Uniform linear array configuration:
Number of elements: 16
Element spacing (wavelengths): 1
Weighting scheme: cosine
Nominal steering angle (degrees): -15
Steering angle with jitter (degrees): -14.801
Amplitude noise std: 0.05
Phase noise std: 0.05

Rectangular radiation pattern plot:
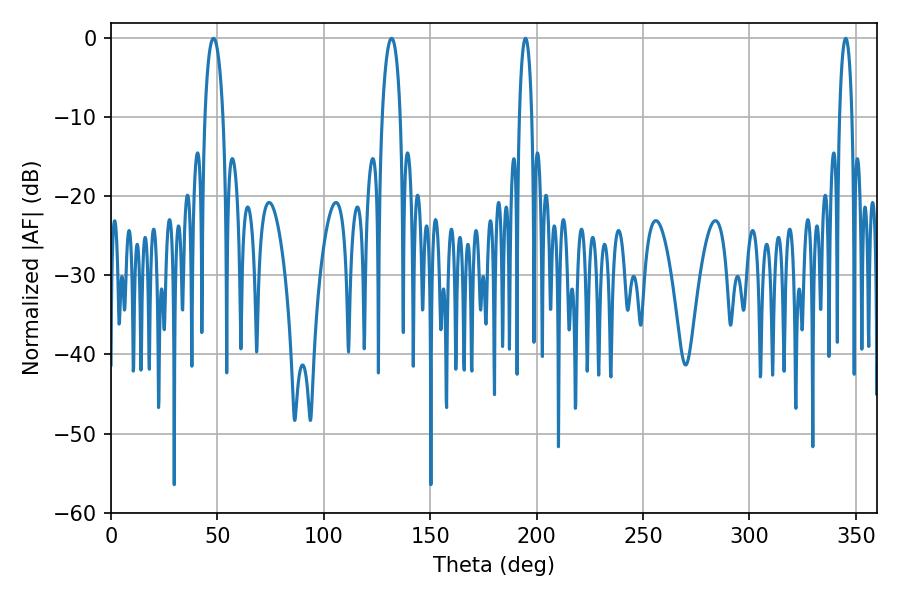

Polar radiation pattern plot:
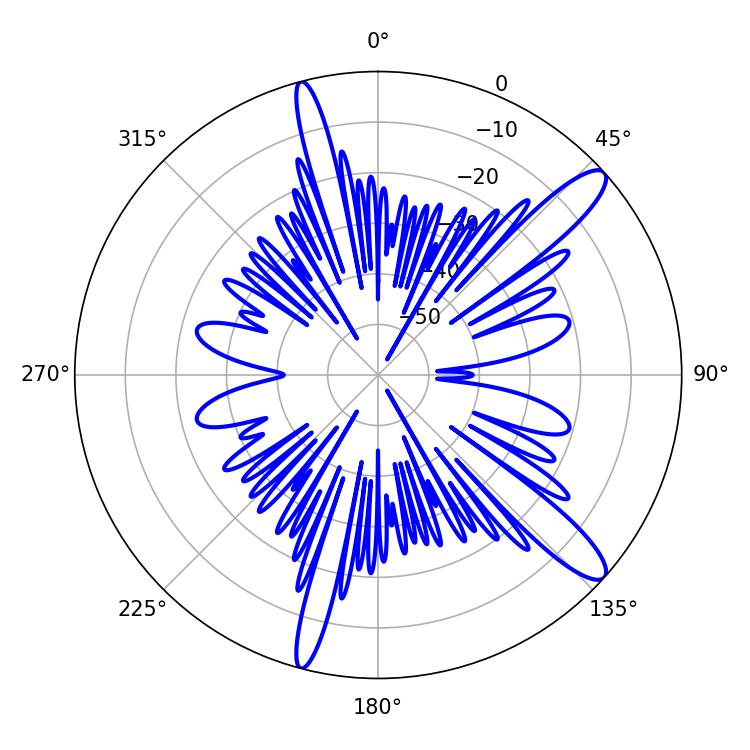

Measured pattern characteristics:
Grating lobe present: TRUE
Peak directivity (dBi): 12.731
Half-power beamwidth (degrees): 3.24
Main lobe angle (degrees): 194.76